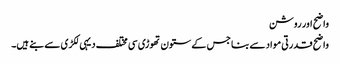
واضح اور روشن
واضح قدرتی مواد سے بنا جس کے ستون تھوڑی سی مختلف دیہی لکڑی سے بنے ہیں۔